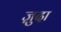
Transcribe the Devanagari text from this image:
ज़ुदा